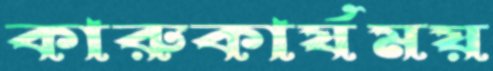
কারুকার্যময়